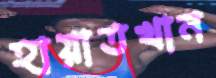
হায়াতখান